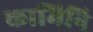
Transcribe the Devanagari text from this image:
कामिनि